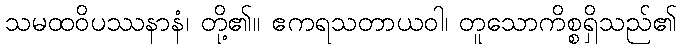
သမထဝိပဿနာနံ၊ တို့၏။ ဧကရသတာယဝါ၊ တူသောကိစ္စရှိသည်၏